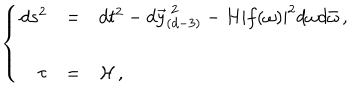
LaTeX: \left\{ \begin{array} { r c l } { { d s ^ { 2 } } } & { { = } } & { { d t ^ { 2 } - d \vec { y } _ { ( d - 3 ) } ^ { \ 2 } - H | f ( \omega ) | ^ { 2 } d \omega d \bar { \omega } \, , } } \\ { { } } & { { } } & { { } } \\ { { \tau } } & { { = } } & { { { \cal H } \, , } } \\ \end{array} \right.